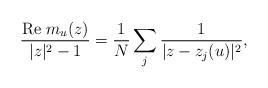
LaTeX: \begin{align*}\frac{{\rm Re}\ m_u(z)}{|z|^2-1} = \frac{1}{N} \sum_j\frac{1}{|z-z_j(u)|^2},\end{align*}